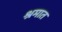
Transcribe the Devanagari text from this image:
श्रमात